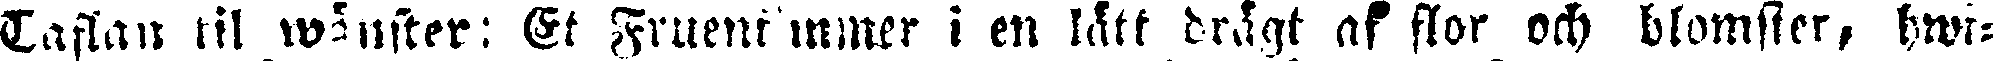
Taflan til wänster: Et Fruentimmer i en lätt drägt af flor och blomster, hwi-